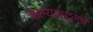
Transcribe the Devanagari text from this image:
केल्याबद्दलचे